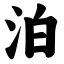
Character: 泊